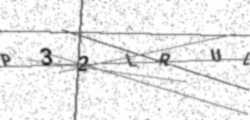
Text: P32LRUL